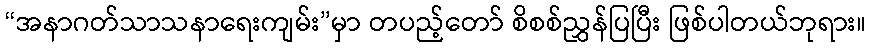
“အနာဂတ်သာသနာရေးကျမ်း”မှာ တပည့်တော် စိစစ်ညွှန်ပြပြီး ဖြစ်ပါတယ်ဘုရား။